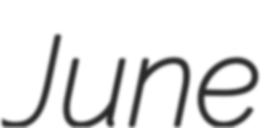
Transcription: June